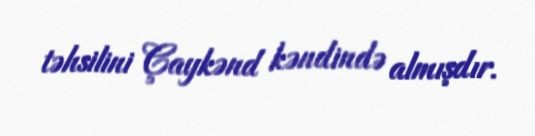
təhsilini Çaykənd kəndində almışdır.